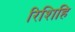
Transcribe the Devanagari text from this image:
रिशिहि